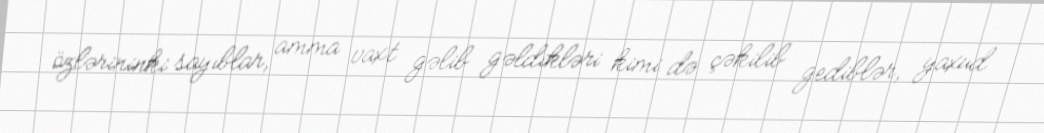
özlərininki sayıblar, amma vaxt gəlib gəldikləri kimi də çəkilib gediblər, yaxud